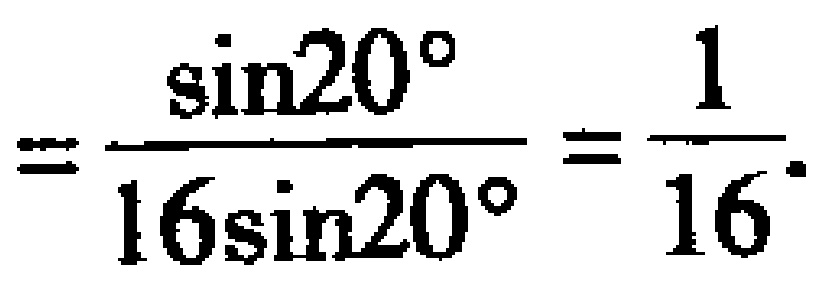
$=\frac{\sin20^{\circ}}{16\sin20^{\circ}}=\frac{1}{16}.$